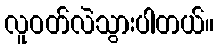
လူဝတ်လဲသွားပါတယ်။